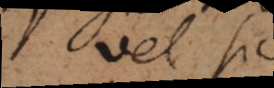
vel hic